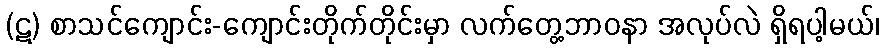
(ဋ) စာသင်ကျောင်း-ကျောင်းတိုက်တိုင်းမှာ လက်တွေ့ဘာဝနာ အလုပ်လဲ ရှိရပါ့မယ်၊